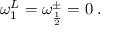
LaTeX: \omega _ { 1 } ^ { L } = \omega _ { \frac { 1 } { 2 } } ^ { \pm } = 0 \; .